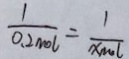
\frac { 1 } { 0 . 2 m o l } = \frac { 1 } { X m o l }